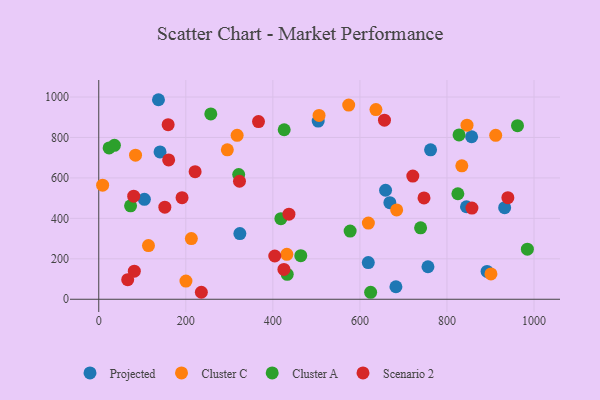
{"axis": {"x": "Experience", "y": "Demand"}, "legend": ["Cluster A", "Cluster C", "Projected", "Scenario 2"], "data": [{"x": "756.3", "y": 160.7, "type": "Projected"}, {"x": "762.3", "y": 739.1, "type": "Projected"}, {"x": "104.8", "y": 494.1, "type": "Projected"}, {"x": "668.8", "y": 477.4, "type": "Projected"}, {"x": "682.7", "y": 61.9, "type": "Projected"}, {"x": "140.8", "y": 728.6, "type": "Projected"}, {"x": "504.1", "y": 880.9, "type": "Projected"}, {"x": "856.6", "y": 803.4, "type": "Projected"}, {"x": "844.8", "y": 457.3, "type": "Projected"}, {"x": "658.9", "y": 538.9, "type": "Projected"}, {"x": "892.1", "y": 137.8, "type": "Projected"}, {"x": "932.5", "y": 452.7, "type": "Projected"}, {"x": "137.2", "y": 986.6, "type": "Projected"}, {"x": "619.2", "y": 181.5, "type": "Projected"}, {"x": "324.2", "y": 324.7, "type": "Projected"}, {"x": "84.5", "y": 712.3, "type": "Cluster C"}, {"x": "846.0", "y": 860.8, "type": "Cluster C"}, {"x": "901.0", "y": 125.2, "type": "Cluster C"}, {"x": "295.4", "y": 738.9, "type": "Cluster C"}, {"x": "911.9", "y": 810.8, "type": "Cluster C"}, {"x": "8.9", "y": 564.3, "type": "Cluster C"}, {"x": "684.4", "y": 441.5, "type": "Cluster C"}, {"x": "574.2", "y": 960.0, "type": "Cluster C"}, {"x": "200.3", "y": 89.9, "type": "Cluster C"}, {"x": "317.9", "y": 810.5, "type": "Cluster C"}, {"x": "834.1", "y": 659.9, "type": "Cluster C"}, {"x": "636.8", "y": 937.9, "type": "Cluster C"}, {"x": "619.4", "y": 376.8, "type": "Cluster C"}, {"x": "114.2", "y": 265.2, "type": "Cluster C"}, {"x": "506.1", "y": 908.8, "type": "Cluster C"}, {"x": "212.7", "y": 299.8, "type": "Cluster C"}, {"x": "432.1", "y": 222.1, "type": "Cluster C"}, {"x": "257.4", "y": 916.6, "type": "Cluster A"}, {"x": "624.6", "y": 34.5, "type": "Cluster A"}, {"x": "577.5", "y": 336.9, "type": "Cluster A"}, {"x": "321.5", "y": 616.9, "type": "Cluster A"}, {"x": "426.0", "y": 838.2, "type": "Cluster A"}, {"x": "825.0", "y": 521.7, "type": "Cluster A"}, {"x": "984.7", "y": 247.7, "type": "Cluster A"}, {"x": "464.1", "y": 215.6, "type": "Cluster A"}, {"x": "418.4", "y": 398.2, "type": "Cluster A"}, {"x": "827.7", "y": 812.6, "type": "Cluster A"}, {"x": "962.0", "y": 858.2, "type": "Cluster A"}, {"x": "739.4", "y": 353.1, "type": "Cluster A"}, {"x": "73.1", "y": 462.0, "type": "Cluster A"}, {"x": "23.8", "y": 748.3, "type": "Cluster A"}, {"x": "433.0", "y": 123.3, "type": "Cluster A"}, {"x": "36.0", "y": 761.2, "type": "Cluster A"}, {"x": "857.3", "y": 450.8, "type": "Scenario 2"}, {"x": "221.4", "y": 630.7, "type": "Scenario 2"}, {"x": "656.4", "y": 885.7, "type": "Scenario 2"}, {"x": "721.5", "y": 609.0, "type": "Scenario 2"}, {"x": "404.4", "y": 213.8, "type": "Scenario 2"}, {"x": "159.4", "y": 863.2, "type": "Scenario 2"}, {"x": "81.7", "y": 139.0, "type": "Scenario 2"}, {"x": "939.9", "y": 502.1, "type": "Scenario 2"}, {"x": "151.8", "y": 455.4, "type": "Scenario 2"}, {"x": "323.3", "y": 583.6, "type": "Scenario 2"}, {"x": "80.3", "y": 509.8, "type": "Scenario 2"}, {"x": "191.4", "y": 502.2, "type": "Scenario 2"}, {"x": "436.9", "y": 420.9, "type": "Scenario 2"}, {"x": "235.7", "y": 34.6, "type": "Scenario 2"}, {"x": "425.4", "y": 147.7, "type": "Scenario 2"}, {"x": "160.6", "y": 688.8, "type": "Scenario 2"}, {"x": "66.5", "y": 96.9, "type": "Scenario 2"}, {"x": "747.2", "y": 501.2, "type": "Scenario 2"}, {"x": "367.0", "y": 878.7, "type": "Scenario 2"}]}